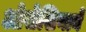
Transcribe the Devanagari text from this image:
ओसेशियाने